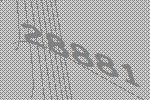
28881